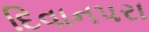
દિવાનપરા